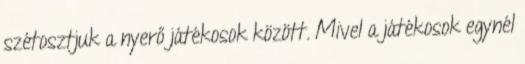
szétosztjuk a nyerő játékosok között. Mivel a játékosok egynél